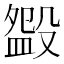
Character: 𣪰